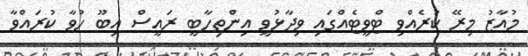
މުއާޒު މިރޭ ކުރެއްވި ޓްވީޓެއްގައި ވިދާޅުވީ އިންތިހާބީ ރައީސް އިބޫ ހުވާ ކުރައްވާ